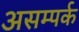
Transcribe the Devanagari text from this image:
असम्पर्क